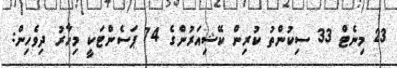
23 މިނެޓް 33 ސިކުންތު ކުރިން ކޭޝިއަރުންގެ 74 ޕަސެންޓަކީ މިހާރު ދިވެހިން: